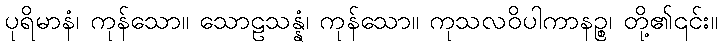
ပုရိမာနံ၊ ကုန်သော။ သောဠသန္နံ၊ ကုန်သော။ ကုသလဝိပါကာနဉ္စ၊ တို့၏၎င်း။